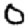
Digit: 0